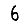
Digit: 6